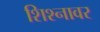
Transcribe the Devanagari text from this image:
शिश्नावर